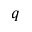
q